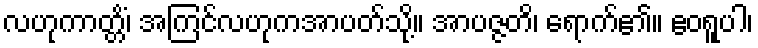
လဟုကာတ္တိံ၊ အကြင်လဟုကအာပတ်သို့။ အာပဇ္ဇတိ၊ ရောက်၏။ ဧဝရူပါ၊